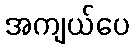
အကျယ်ပေ